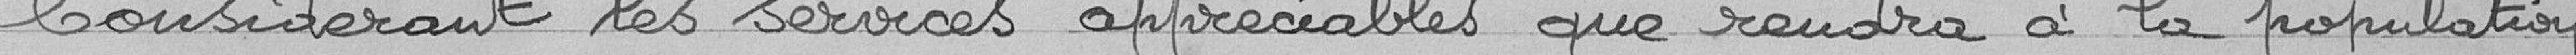
Considérant les services appréciables que rendra à la population